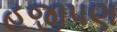
હજીપણ